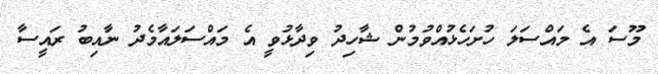
މޫސަ އެ މައްސަލަ ހުށަހެޅުއްވުމުން ޝާހިދު ވިދާޅުވީ އެ މައްސަލައާމެދު ނާއިބު ރައީސާ